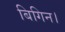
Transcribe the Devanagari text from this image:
बिगिन।